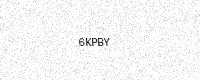
Text: 6KPBY